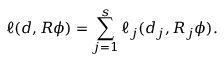
\ell ( d , R \phi ) = \sum _ { j = 1 } ^ { s } \ell _ { j } ( d _ { j } , R _ { j } \phi ) .